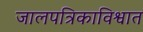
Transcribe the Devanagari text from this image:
जालपत्रिकाविश्वात